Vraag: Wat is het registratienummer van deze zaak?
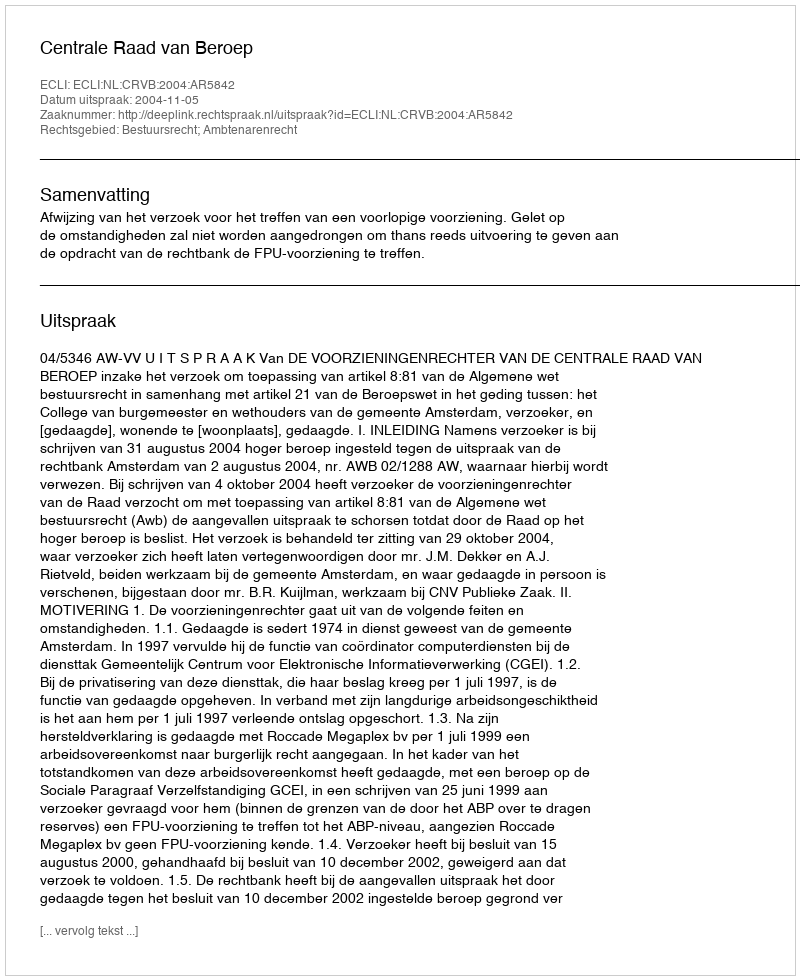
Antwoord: http://deeplink.rechtspraak.nl/uitspraak?id=ECLI:NL:CRVB:2004:AR5842